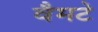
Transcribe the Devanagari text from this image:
वैमटे